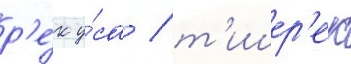
р'е́к у́са / т'ишер'ек